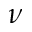
\nu